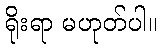
ရိုးရာ မဟုတ်ပါ။